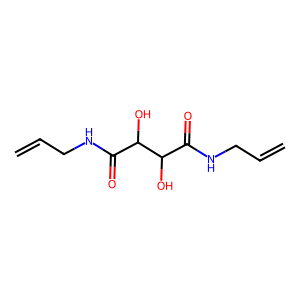
SMILES: C=CCNC(=O)C(O)C(O)C(=O)NCC=C
Inhibits HIV replication: No